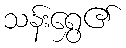
သန်းရွှေ၏